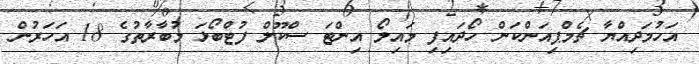
އަހުމަދިއްޔާ ޗެމްޕިއަންކަން ހޯދައިފި މައިލޯ އިންޓަ ސްކޫލް ފުޓްބޯޅަ މުބާރާތުގެ 18 އަހަރުން